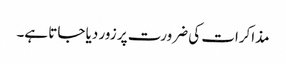
مذاکرات کی ضرورت پر زور دیا جاتا ہے۔